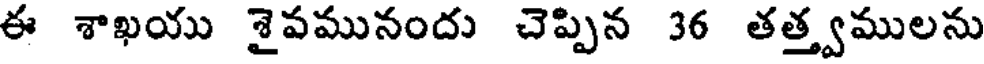
ఈ శాఖయు శైవమునందు చెప్పిన 36 తత్త్వములను